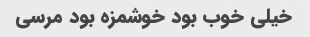
خیلی خوب بود خوشمزه بود مرسی